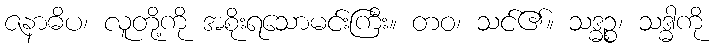
ဇနာဓိပ၊ လူတို့ကို အစိုးရသောမင်းကြီး။ တဝ၊ သင်၏။ သဒ္ဓဉ္စ၊ သဒ္ဓါကို